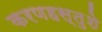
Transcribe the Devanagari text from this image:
करणहस्तुशे